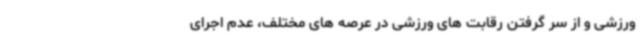
ورزشی و از سر گرفتن رقابت های ورزشی در عرصه های مختلف، عدم اجرای